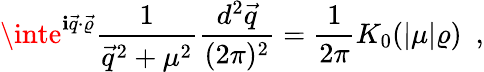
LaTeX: \inte^{\mathbf{i}\vec{{q}}\cdot\vec{{\varrho}}}\frac{{1}}{{\vec{{q}}^{2}+\mu^{2}}}\frac{{d^{2}\vec{{q}}}}{{(2\pi)^{2}}}=\frac{{1}}{{2\pi}}K_{0}(|\mu|\varrho)~~,